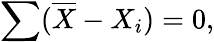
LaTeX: \sum({\overline{{X}}}-X_{i})=0,